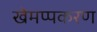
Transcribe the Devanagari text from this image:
खेमप्पकरण